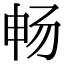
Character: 畅